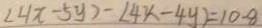
( 4 x - 5 y ) - ( 4 x - 4 y ) = 1 0 - 8